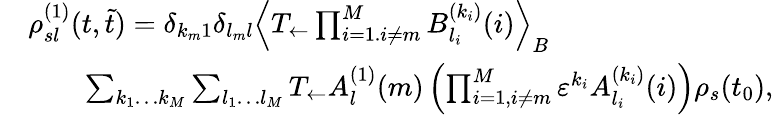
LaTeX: \begin{array}{rl}&{\rho_{sl}^{(1)}(t,\tilde{t})=\delta_{k_{m}1}\delta_{l_{m}l}\left\langle T_{\leftarrow}\prod_{i=1.i\neq m}^{M}B_{l_{i}}^{(k_{i})}(i)\right\rangle_{B}}\\ &{\qquad\sum_{k_{1}\dots k_{M}}\sum_{l_{1}\dots l_{M}}T_{\leftarrow}A_{l}^{(1)}(m)\left(\prod_{i=1,i\neq m}^{M}\varepsilon^{k_{i}}A_{l_{i}}^{(k_{i})}(i)\right)\rho_{s}(t_{0}),}\end{array}